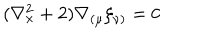
( \nabla _ { x } ^ { 2 } + 2 ) \nabla _ { ( \mu } \xi _ { \nu ) } = 0